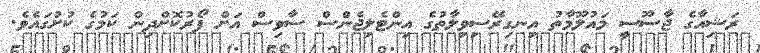
ރަޝިއާގެ ޖާސޫސީ މައުލޫމާތު އިނގިރޭސިވިލާތުގެ އިންޓެލިޖެންސް ސާވިސް އަށް ފޯރުކޮށްދިން ކަމުގެ ކުށުގައެވެ.